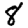
Digit: 8